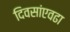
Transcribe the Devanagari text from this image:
दिवसांएवढा